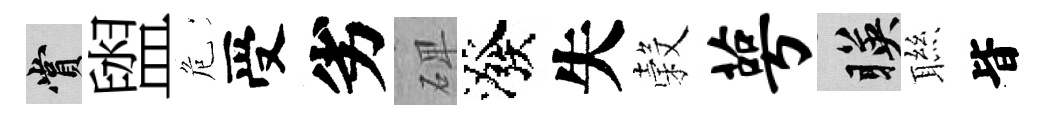
賞盥危受劣𥓓潑失穀萼暎聮𣅜